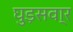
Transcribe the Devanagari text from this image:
घुड़सवा्र